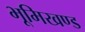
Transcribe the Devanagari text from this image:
भूमिखण्ड